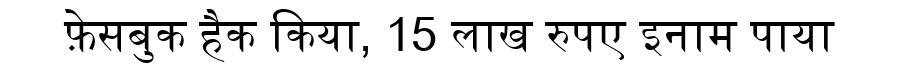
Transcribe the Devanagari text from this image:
फ़ेसबुक हैक किया, 15 लाख रुपए इनाम पाया